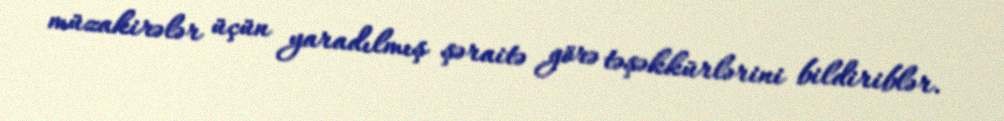
müzakirələr üçün yaradılmış şəraitə görə təşəkkürlərini bildiriblər.